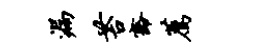
漏苔豁荐